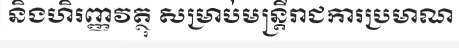
និងហិរញ្ញវត្ថុ សម្រាប់មន្ត្រីរាជការប្រមាណ